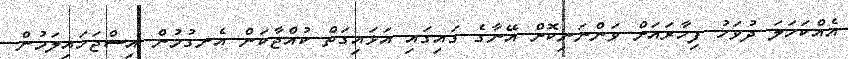
އެއްކަހަލަ ދުވަހު ފިހާރައަށް ވަންނަނިކޮށް އޭނާގެ ގައިގައި އަޅައިގަތް ކުއްޖާކަން އެނގުމުން އިސްޖަހައިލަމުން